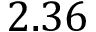
2 . 3 6